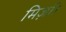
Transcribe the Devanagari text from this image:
मिर्ज़ा।